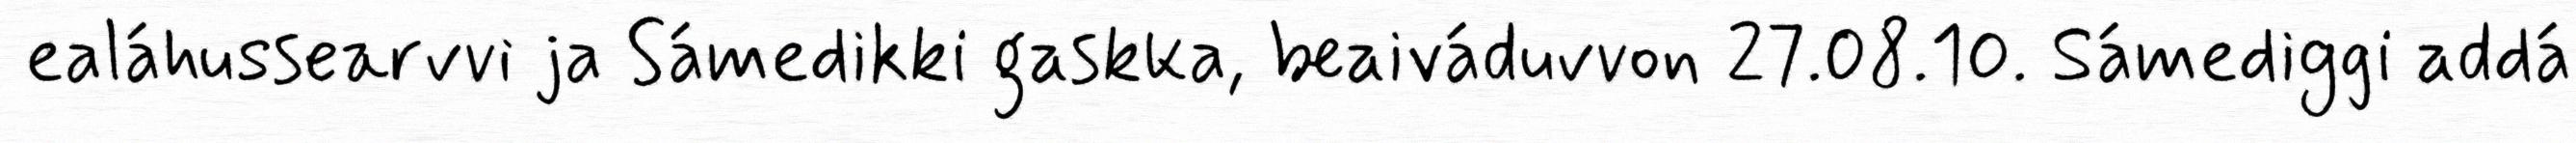
ealáhussearvvi ja Sámedikki gaskka, beaiváduvvon 27.08.10. Sámediggi addá